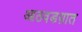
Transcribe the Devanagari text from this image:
आठवडय़ात